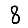
Digit: 8